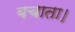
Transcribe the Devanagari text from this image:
बचाता।